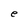
Character: g